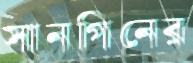
সানগিনের